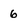
Character: 6